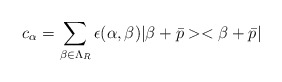
\begin{align*}c_{\alpha} = \sum_{\beta\in\Lambda_{R}} \epsilon (\alpha,\beta ) |\beta + \bar{p}><\beta + \bar{p}|\end{align*}